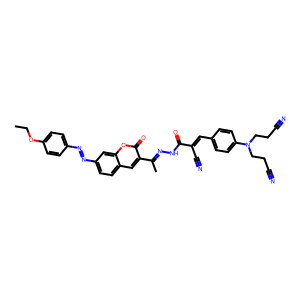
SMILES: CCOc1ccc(N=Nc2ccc3cc(C(C)=NNC(=O)C(C#N)=Cc4ccc(N(CCC#N)CCC#N)cc4)c(=O)oc3c2)cc1
Inhibits HIV replication: No